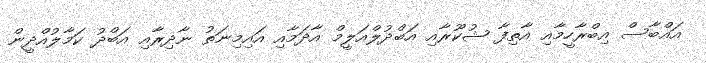
އައްބާސް އިބްރާހީމާއި އާތިފާ ޝުކޫރާއި އަބްދުލްއަލީމް އާދަމާއި އައިމިނަތު ނާދިރާއި އަބްދު ކަމާލުއްދީން